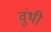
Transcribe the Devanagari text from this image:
वुंथी